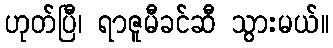
ဟုတ်ပြီ၊ ရာဇူမီခင်ဆီ သွားမယ်။